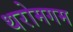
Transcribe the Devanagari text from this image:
थरोमगम